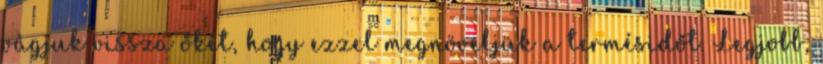
vágjuk vissza őket, hogy ezzel megnöveljük a termésidőt. Legjobb,